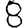
Digit: 8